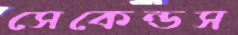
সেকেন্ডস